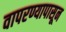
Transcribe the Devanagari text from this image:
वापरण्यापासून